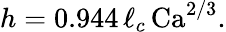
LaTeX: h=0.944\, \ell_{c}\, \mathrm{Ca}^{2/3}.